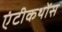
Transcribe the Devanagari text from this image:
एंटीकथोंस